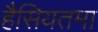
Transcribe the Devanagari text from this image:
हैसियतमा